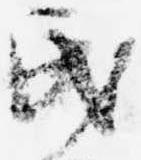
民